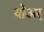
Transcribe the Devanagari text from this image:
योअर्